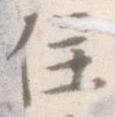
住